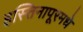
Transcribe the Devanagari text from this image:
हस्तिनापूरमधे